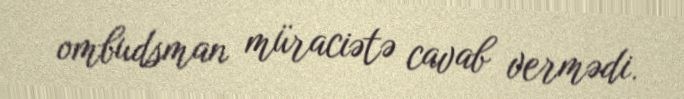
ombudsman müraciətə cavab vermədi.